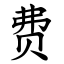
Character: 费